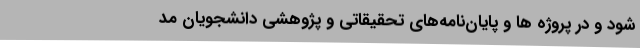
شود و در پروژه ها و پایان‌نامه‌های تحقیقاتی و پژوهشی دانشجویان مد